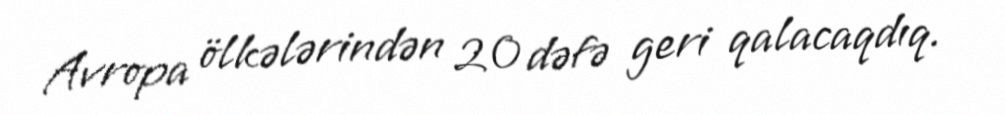
Avropa ölkələrindən 20 dəfə geri qalacaqdıq.